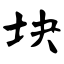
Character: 块